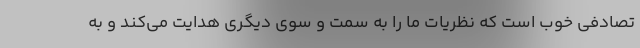
تصادفی خوب است که نظریات ما را به سمت و سوی دیگری هدایت می‌کند و به